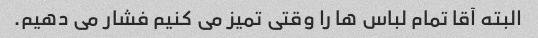
البته آقا تمام لباس ها را وقتی تمیز می کنیم فشار می دهیم.